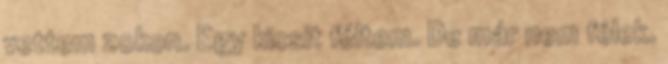
vettem zokon. Egy kicsit féltem. De már nem félek.